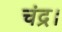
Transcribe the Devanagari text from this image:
चंद्र।